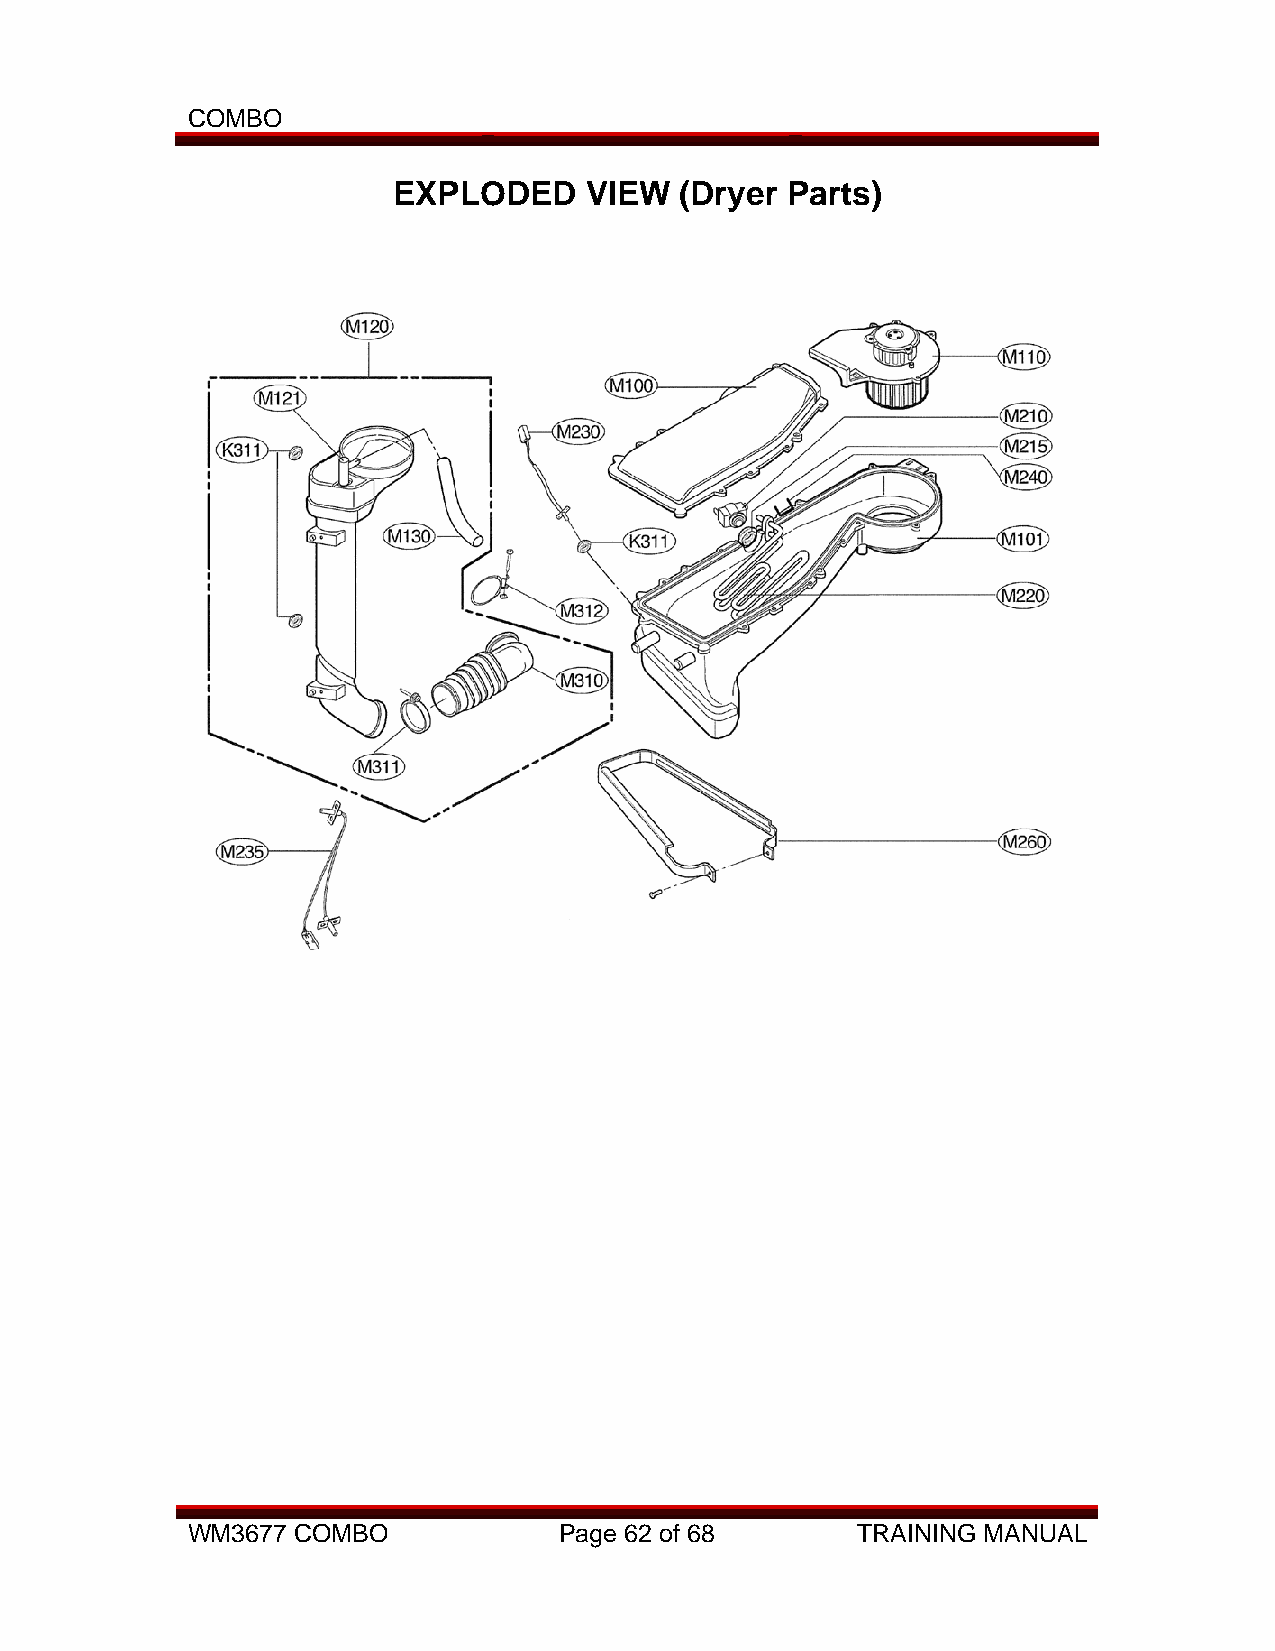
COMBO
 EXPLODED     VIEW  (Dryer Parts)
 WM3677 COMBO             Page 62 of 68       TRAINING MANUAL